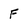
Character: F